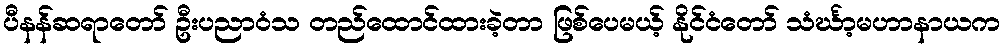
ပီနန်ဆရာတော် ဦးပညာဝံသ တည်ထောင်ထားခဲ့တာ ဖြစ်ပေမယ့် နိုင်ငံတော် သံင်္ဃာ့မဟာနာယက